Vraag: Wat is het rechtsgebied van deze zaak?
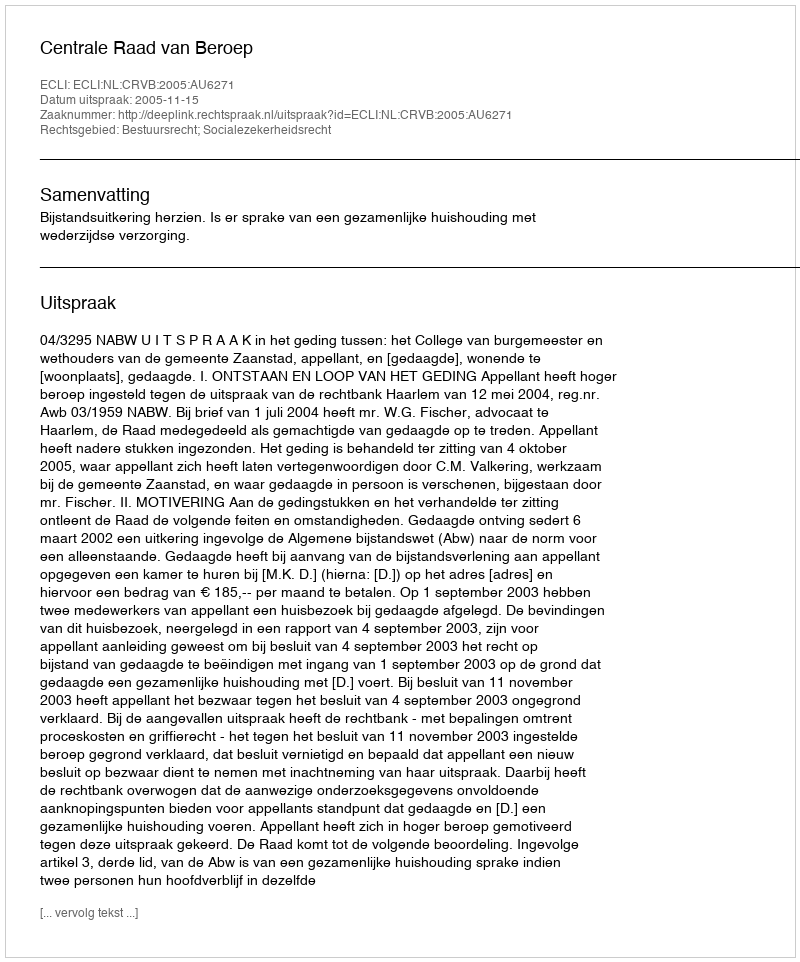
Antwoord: Bestuursrecht; Socialezekerheidsrecht